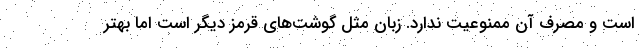
است و مصرف آن ممنوعیت ندارد. زبان مثل گوشت‌های قرمز دیگر است اما بهتر